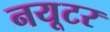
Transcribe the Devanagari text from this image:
नयूटर